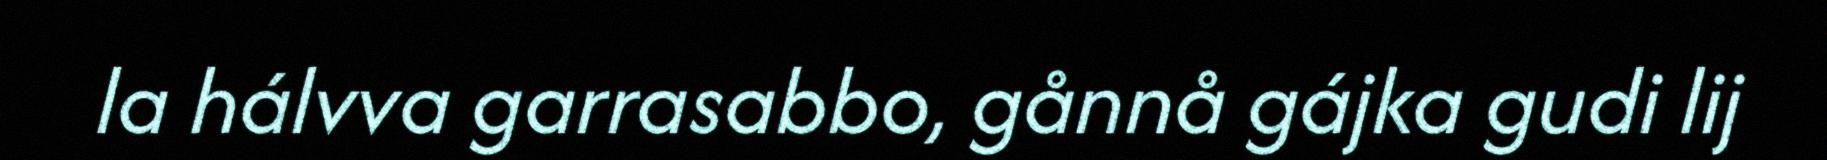
la hálvva garrasabbo, gånnå gájka gudi lij